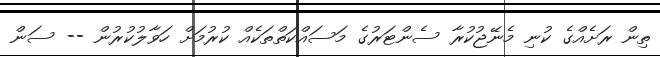
ތިން ރަށެއްގެ ކުނި މެނޭޖުކުރާ ސެންޓަރުގެ މަސައްކަތްތަކެއް ކުރުމަށް ހަވާލުކުރުން -- ސަން